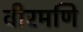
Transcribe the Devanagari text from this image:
वीरमणि